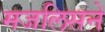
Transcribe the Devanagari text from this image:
मजलिसने